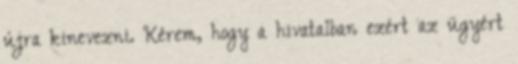
újra kinevezni. Kérem, hogy a hivatalban ezért az ügyért